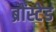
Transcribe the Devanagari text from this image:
ब्रौंस्टेड